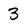
Character: 3